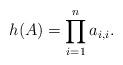
LaTeX: \begin{align*}h(A)=\prod_{i=1}^na_{i,i}.\end{align*}